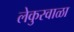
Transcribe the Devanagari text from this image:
लेकुरवाळा